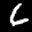
Label: 6